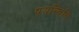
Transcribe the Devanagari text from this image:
पयस्विनि